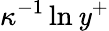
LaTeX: \kappa^{-1}\ln{\mathit{y}^{+}}